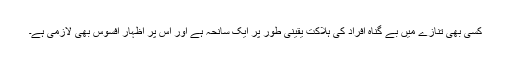
کسی بھی تنازے ميں بے گناہ افراد کی ہلاکت يقینی طور پر ايک سانحہ ہے اور اس پر اظہار افسوس بھی لازمی ہے۔